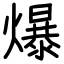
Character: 爆